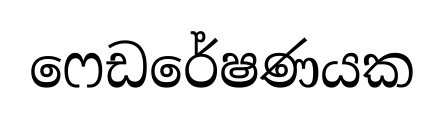
ෆෙඩරේෂණයක